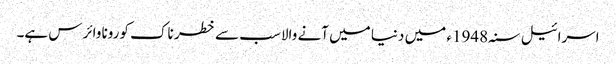
اسرائیل سنہ1948ء میں دنیا میں آنے والا سب سے خطر ناک کورونا وائرس ہے۔